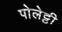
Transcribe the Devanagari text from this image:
पोलेट्टी